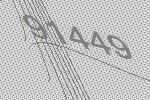
91449